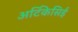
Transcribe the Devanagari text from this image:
अर्टिकेसिई